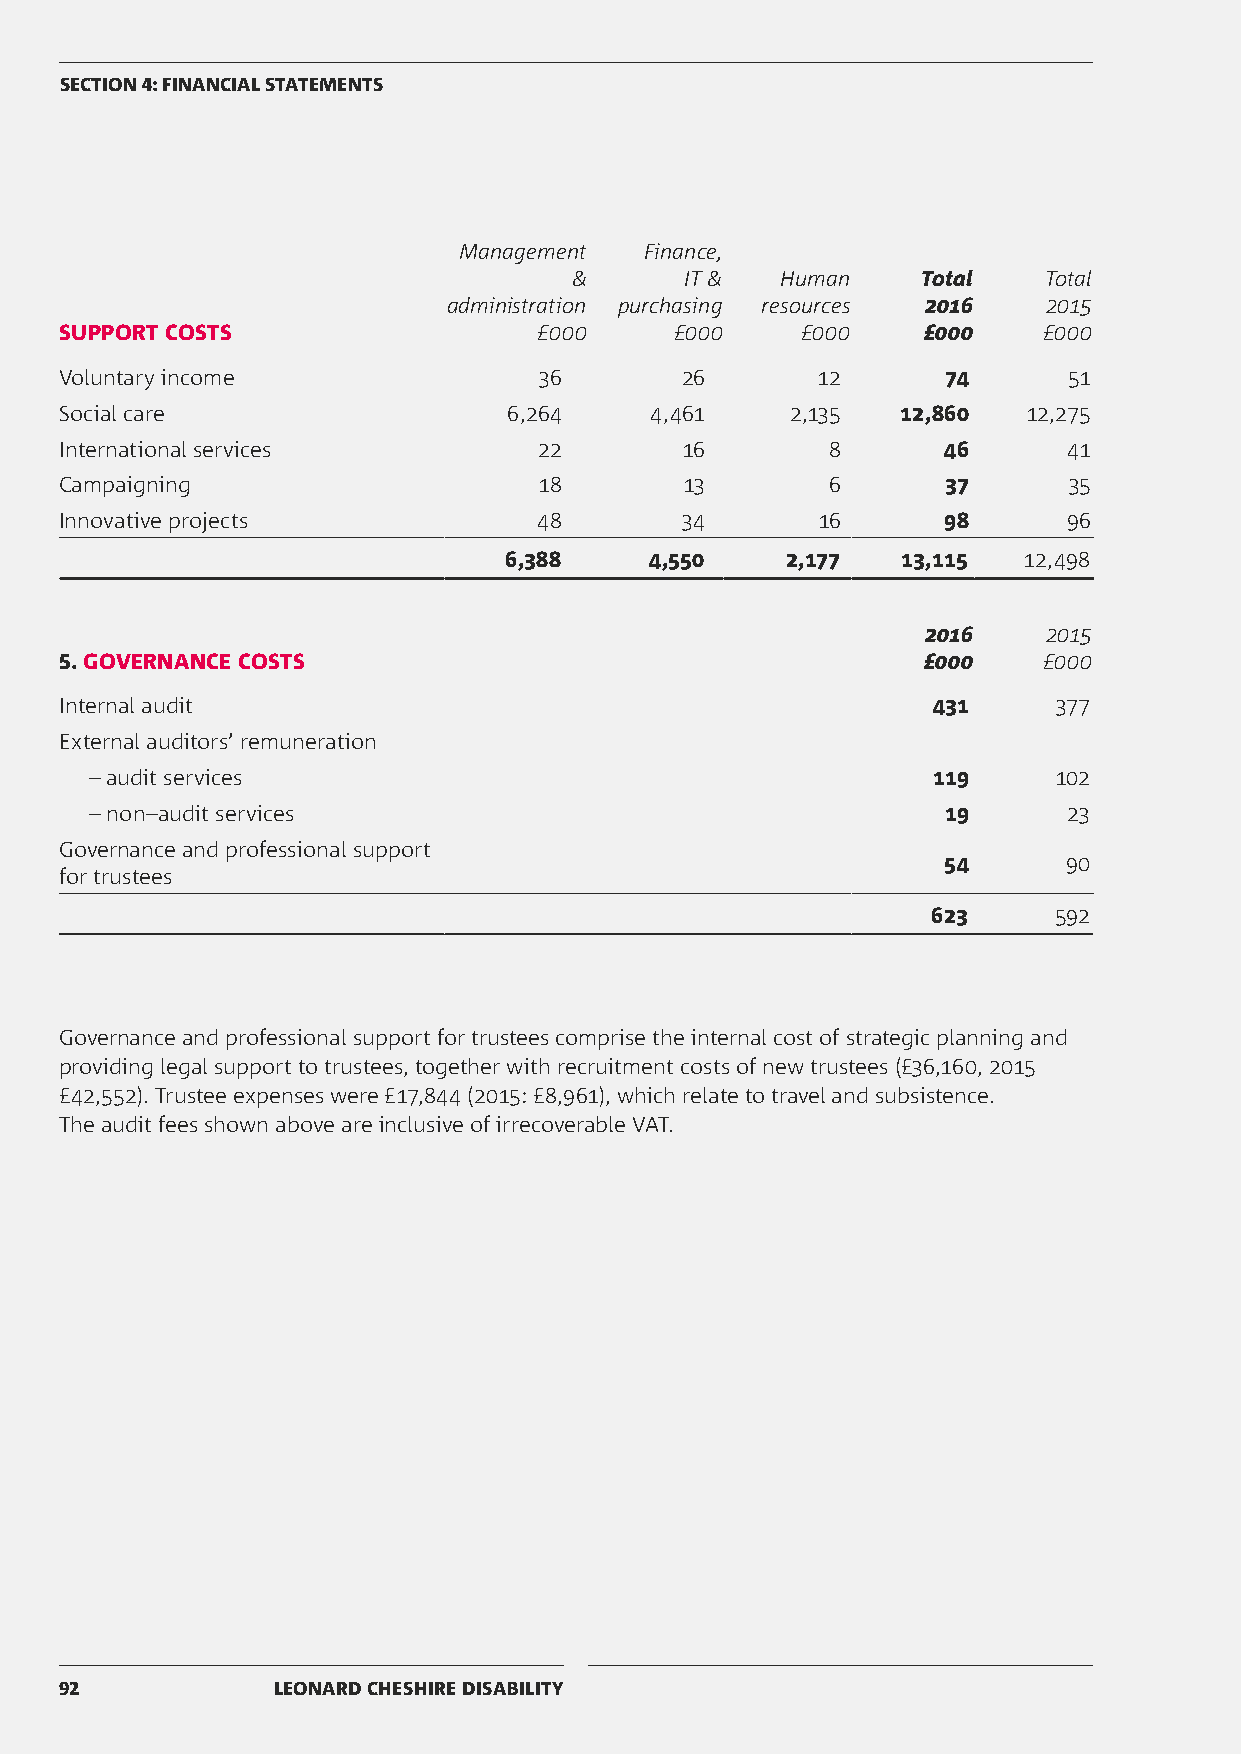
SECTION 4: FINANCIAL STATEMENTS
 Management   Finance,
 &      IT &   Human    Total   Total
 administration purchasing resources 2016 2015
 SUPPORT COSTS                   £000     £000    £000    £000    £000
 Voluntary income                36       26       12       74      51
 Social care                   6,264    4,461    2,135   12,860  12,275
 International services          22       16        8      46       41
 Campaigning                     18       13        6       37      35
 Innovative projects             48       34       16      98       96
 6,388     4,550    2,177   13,115  12,498
 2016    2015
 5. GOVERNANCE COSTS                                      £000    £000
 Internal audit                                            431     377
 External auditors’ remuneration
 – audit services                                        119     102
 – non–audit services                                     19      23
 Governance and professional support
 54       90
 for trustees
 623     592
 Governance and professional support for trustees comprise the internal cost of strategic planning and
 providing legal support to trustees, together with recruitment costs of new trustees (£36,160, 2015
 £42,552). Trustee expenses were £17,844 (2015: £8,961), which relate to travel and subsistence.
 The audit fees shown above are inclusive of irrecoverable VAT.
 92            LEONARD CHESHIRE DISABILITY